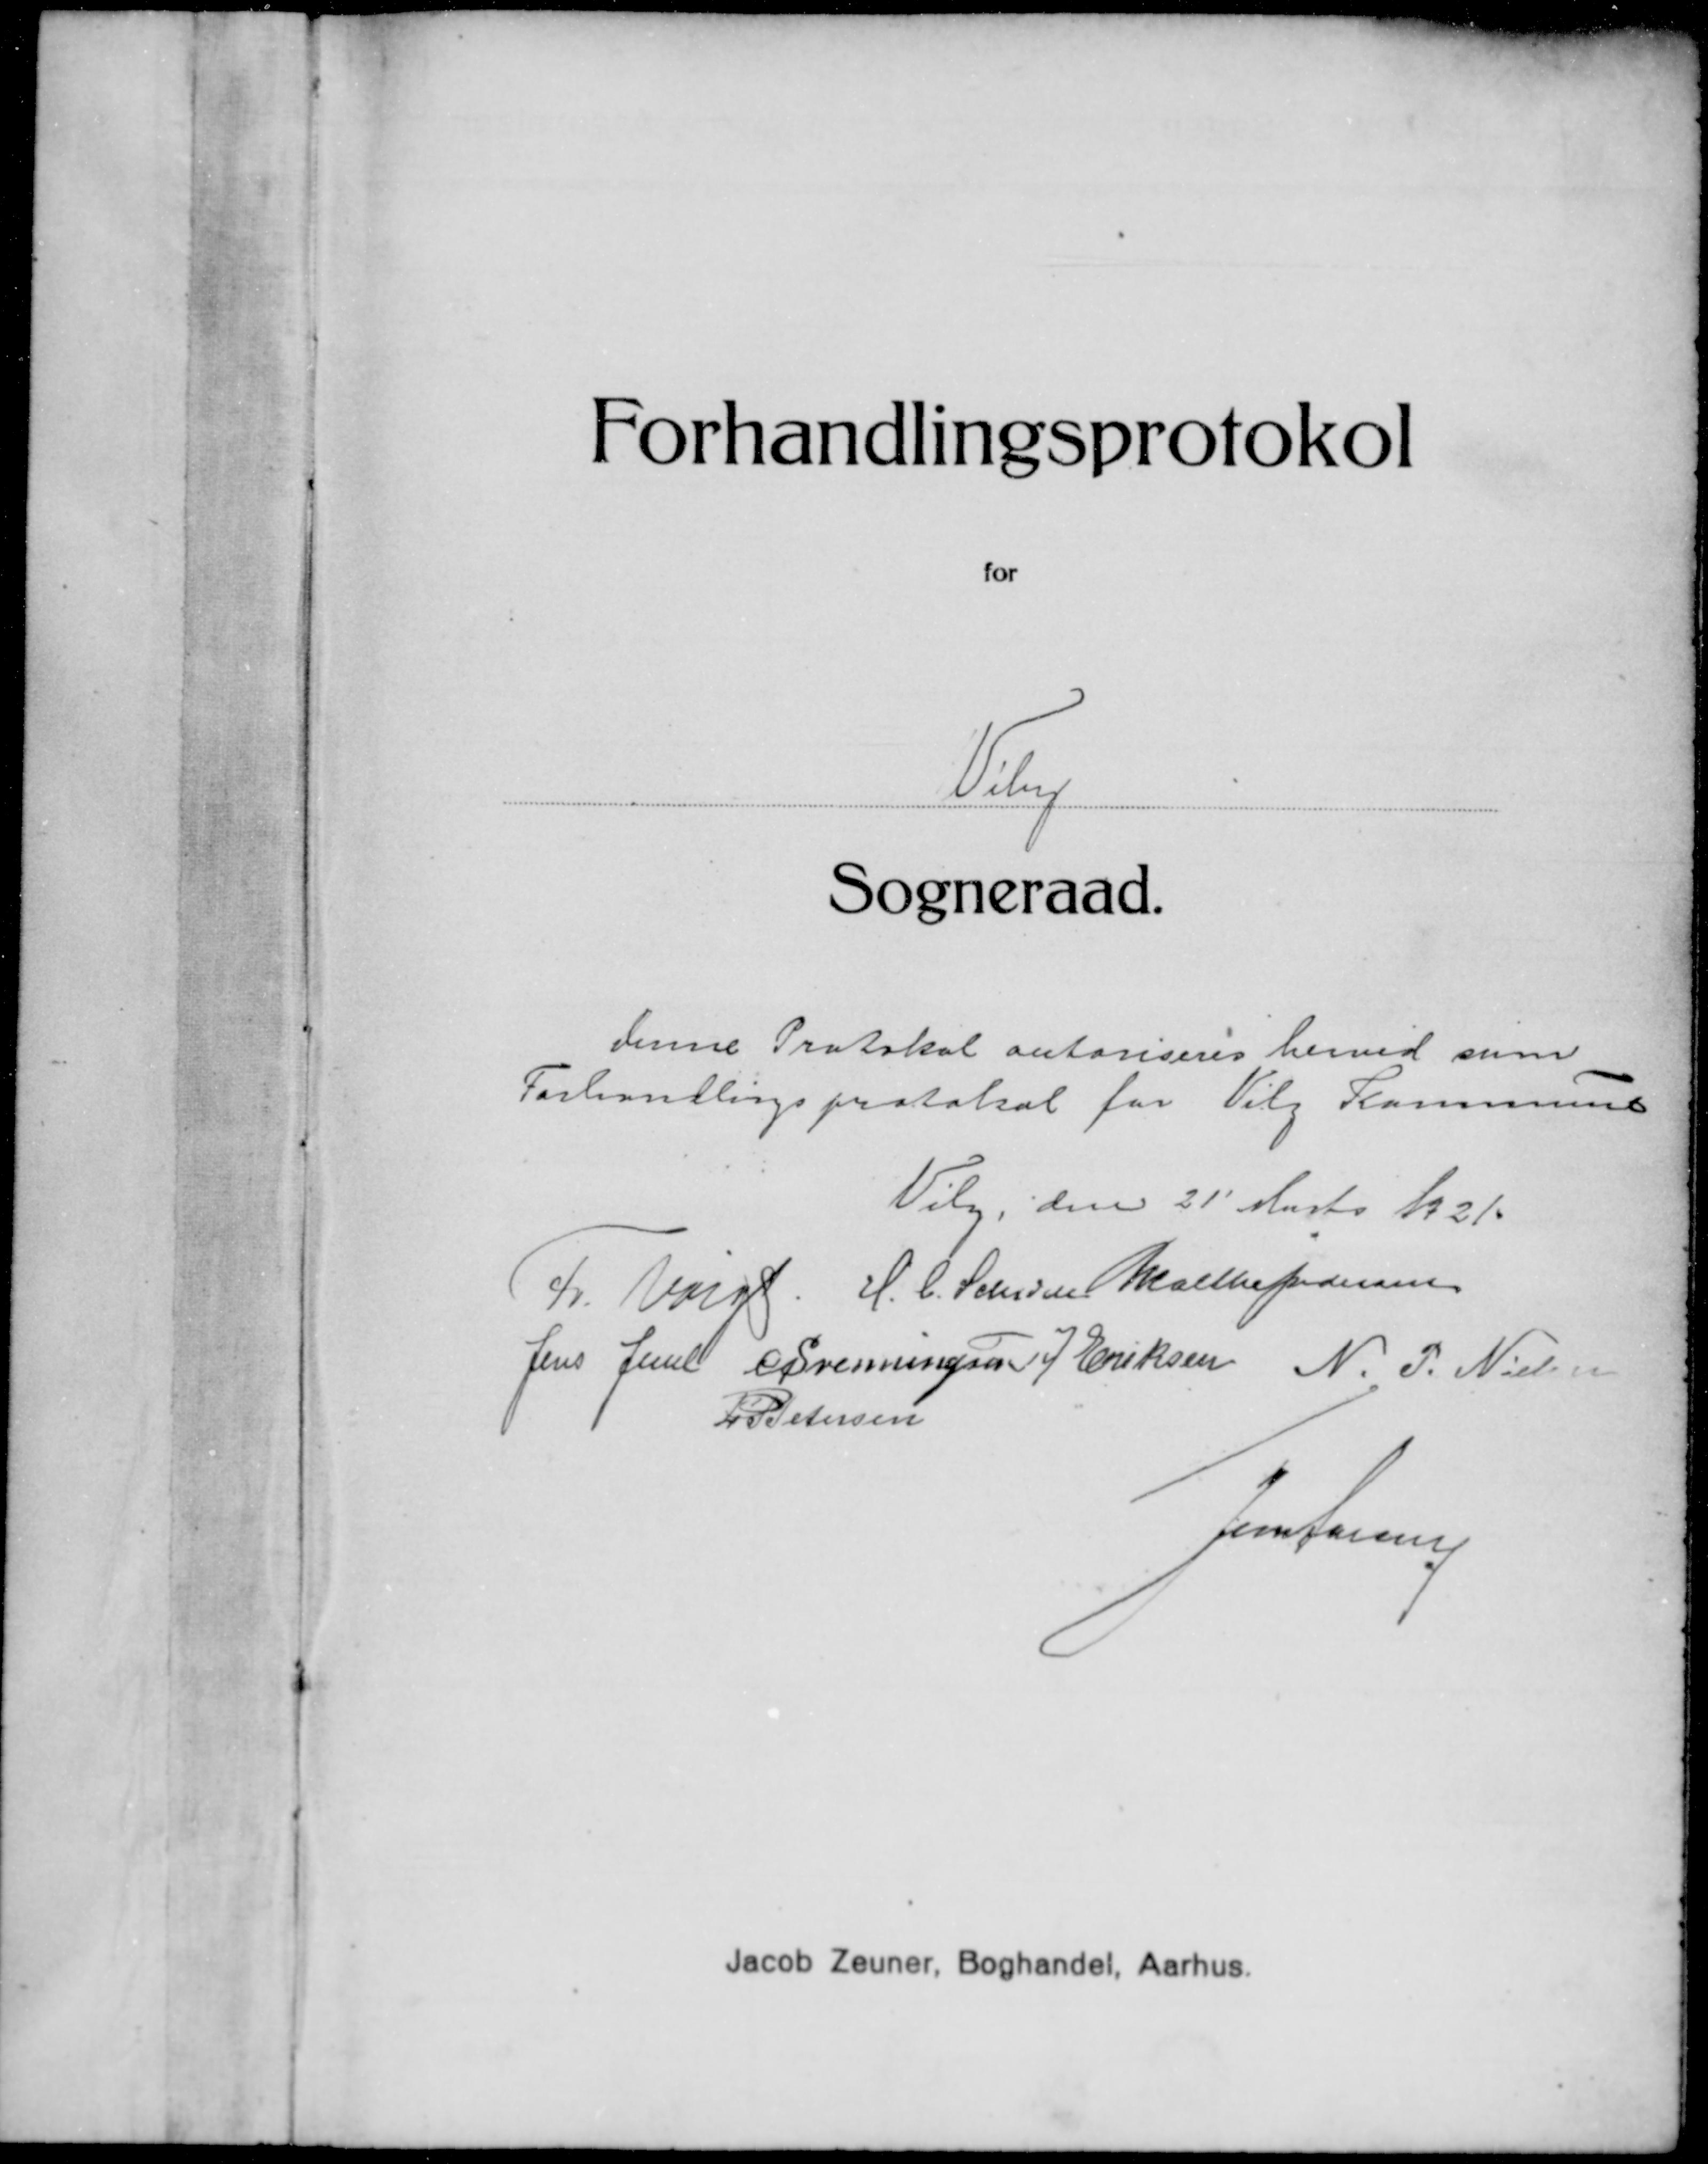
Transskription:
Forhandlingsprotokol
Vej
Sogneraad
denne Protokol autoriseres herved som
Forhandlingsprotokol for Vilg Kommune
Vilg, den 21' Marts 1921
Fr. Valgt. H. C. Sehersen Malthe Pedersen
Jens Jensen O. Svenningsen J. Eriksen N. P. Nielsen
P. Petersen
fonserne
Jacob Zeuner, Boghandel, Aarhus.